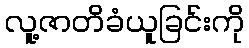
လူ့ဇာတိခံယူခြင်းကို